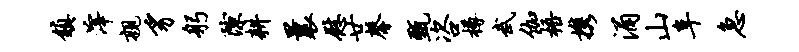
镇滓亲豸躬隙耕曩慰廿馨甄咨樽武伽梧携涌山阜急